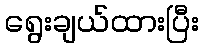
ရွေးချယ်ထားပြီး